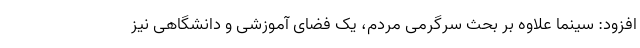
افزود: سینما علاوه بر بحث سرگرمی مردم، یک فضای آموزشی و دانشگاهی نیز